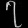
Digit: ၇